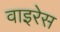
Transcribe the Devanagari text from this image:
वाइरेस